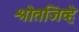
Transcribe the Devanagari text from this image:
श्रोतजिव्हे